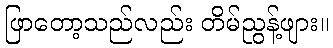
ဖြာတော့သည်လည်း တိမ်ညွန့်ဖျား။